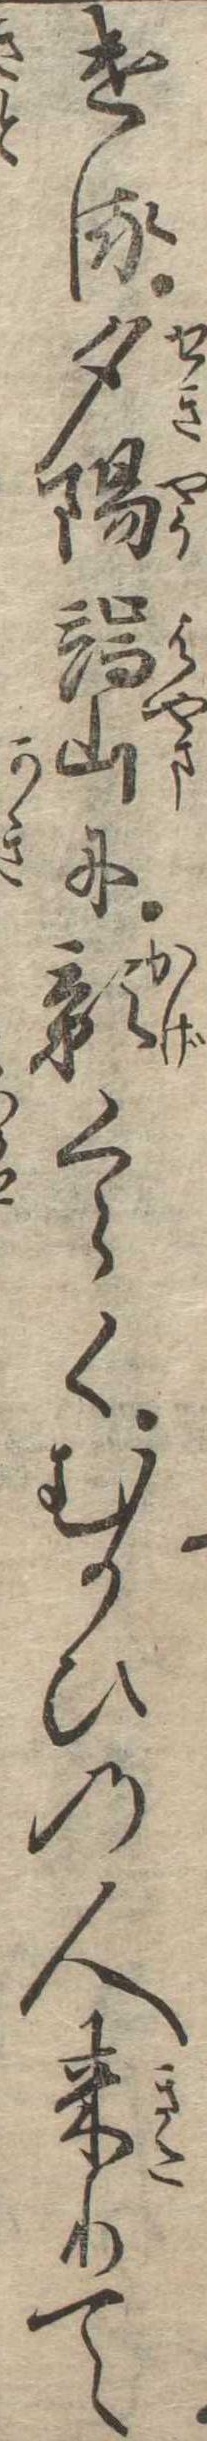
ける夕陽端山に影くらくむかひの人来りて